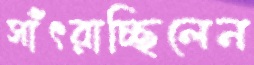
সাঁৎরাচ্ছিলেন